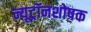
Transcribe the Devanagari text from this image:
न्यूट्रॉनशोषक